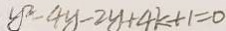
y ^ { 2 } - 4 y - 2 y + 4 k + 1 = 0